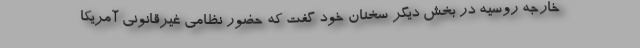
خارجه روسیه در بخش دیگر سخنان خود گفت که حضور نظامی غیرقانونی آمریکا